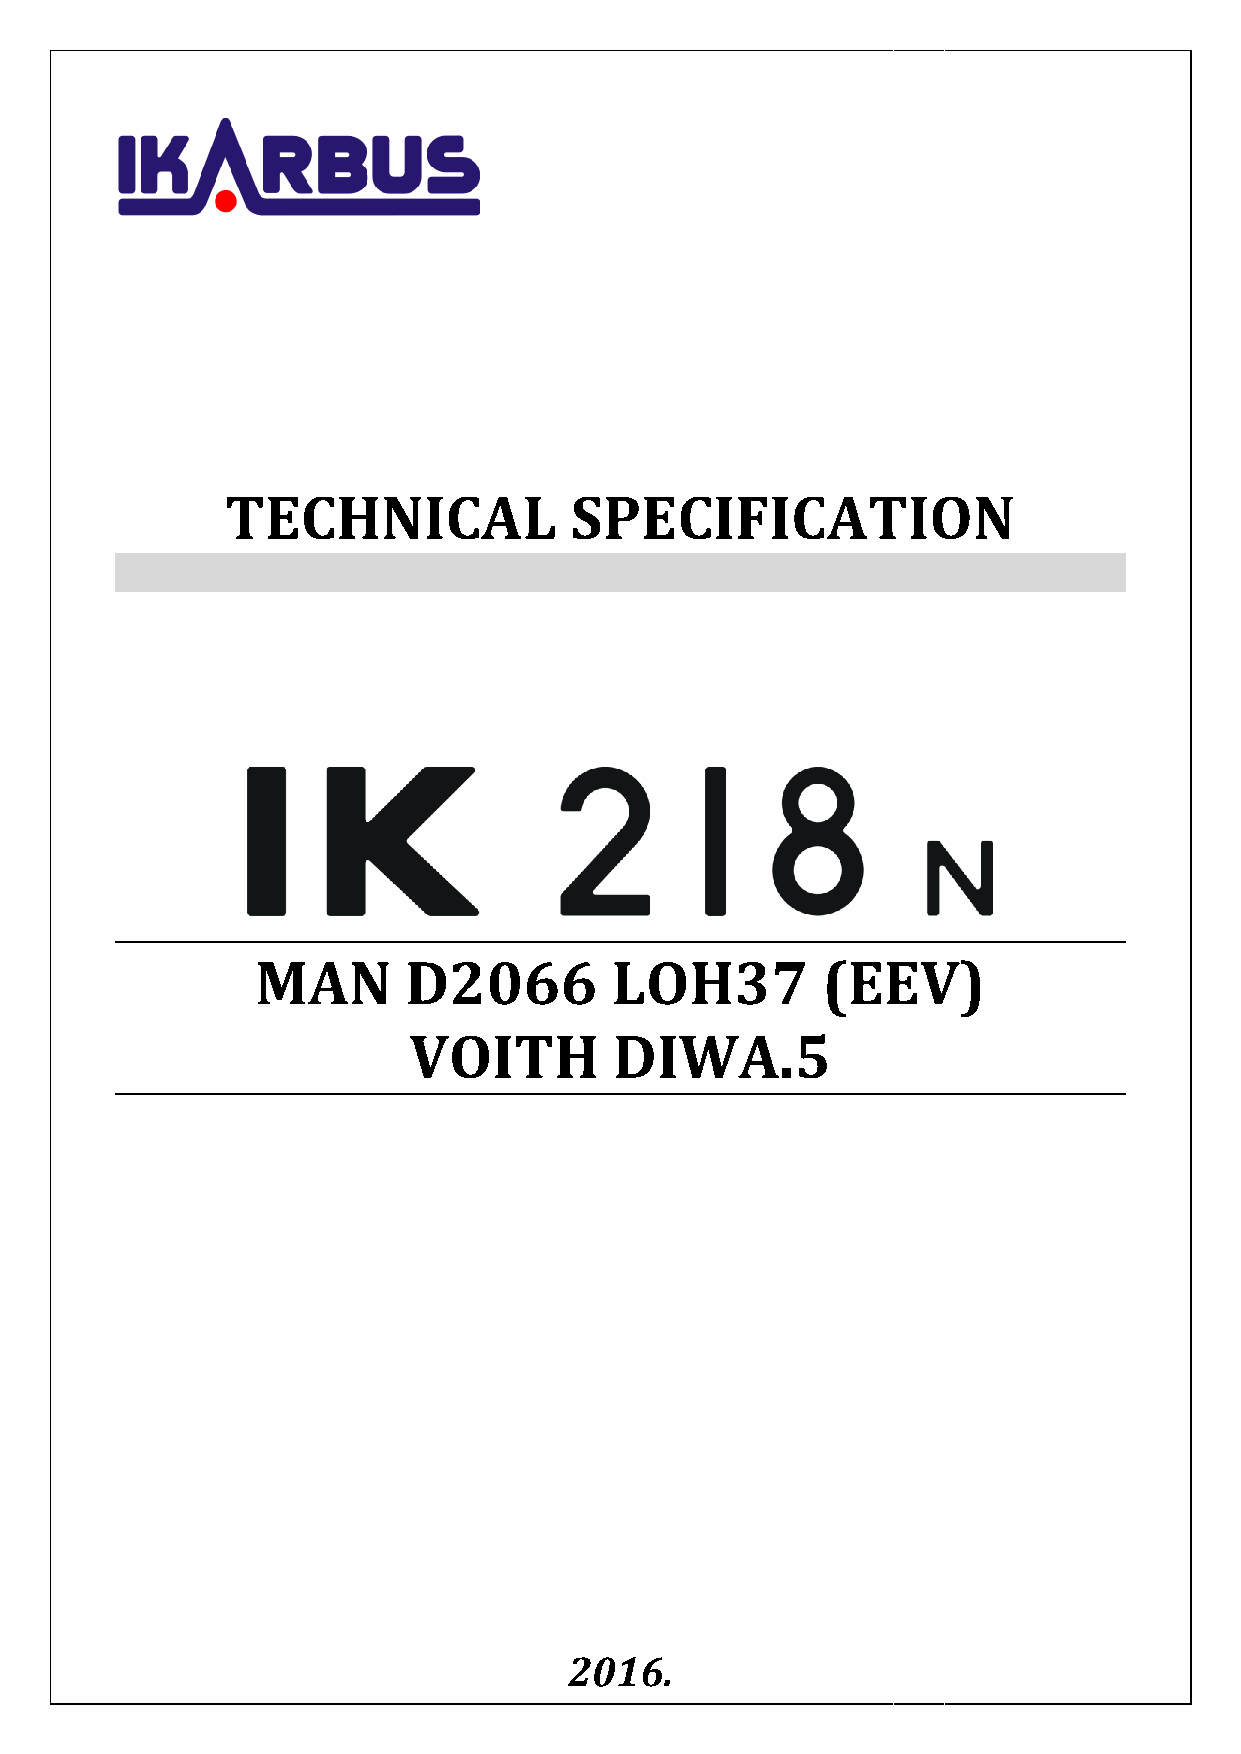
TECHNICAL              SPECIFICATION
 MAN       D2066        LOH37         (EEV)
 VOITH         DIWA.5
 2016.